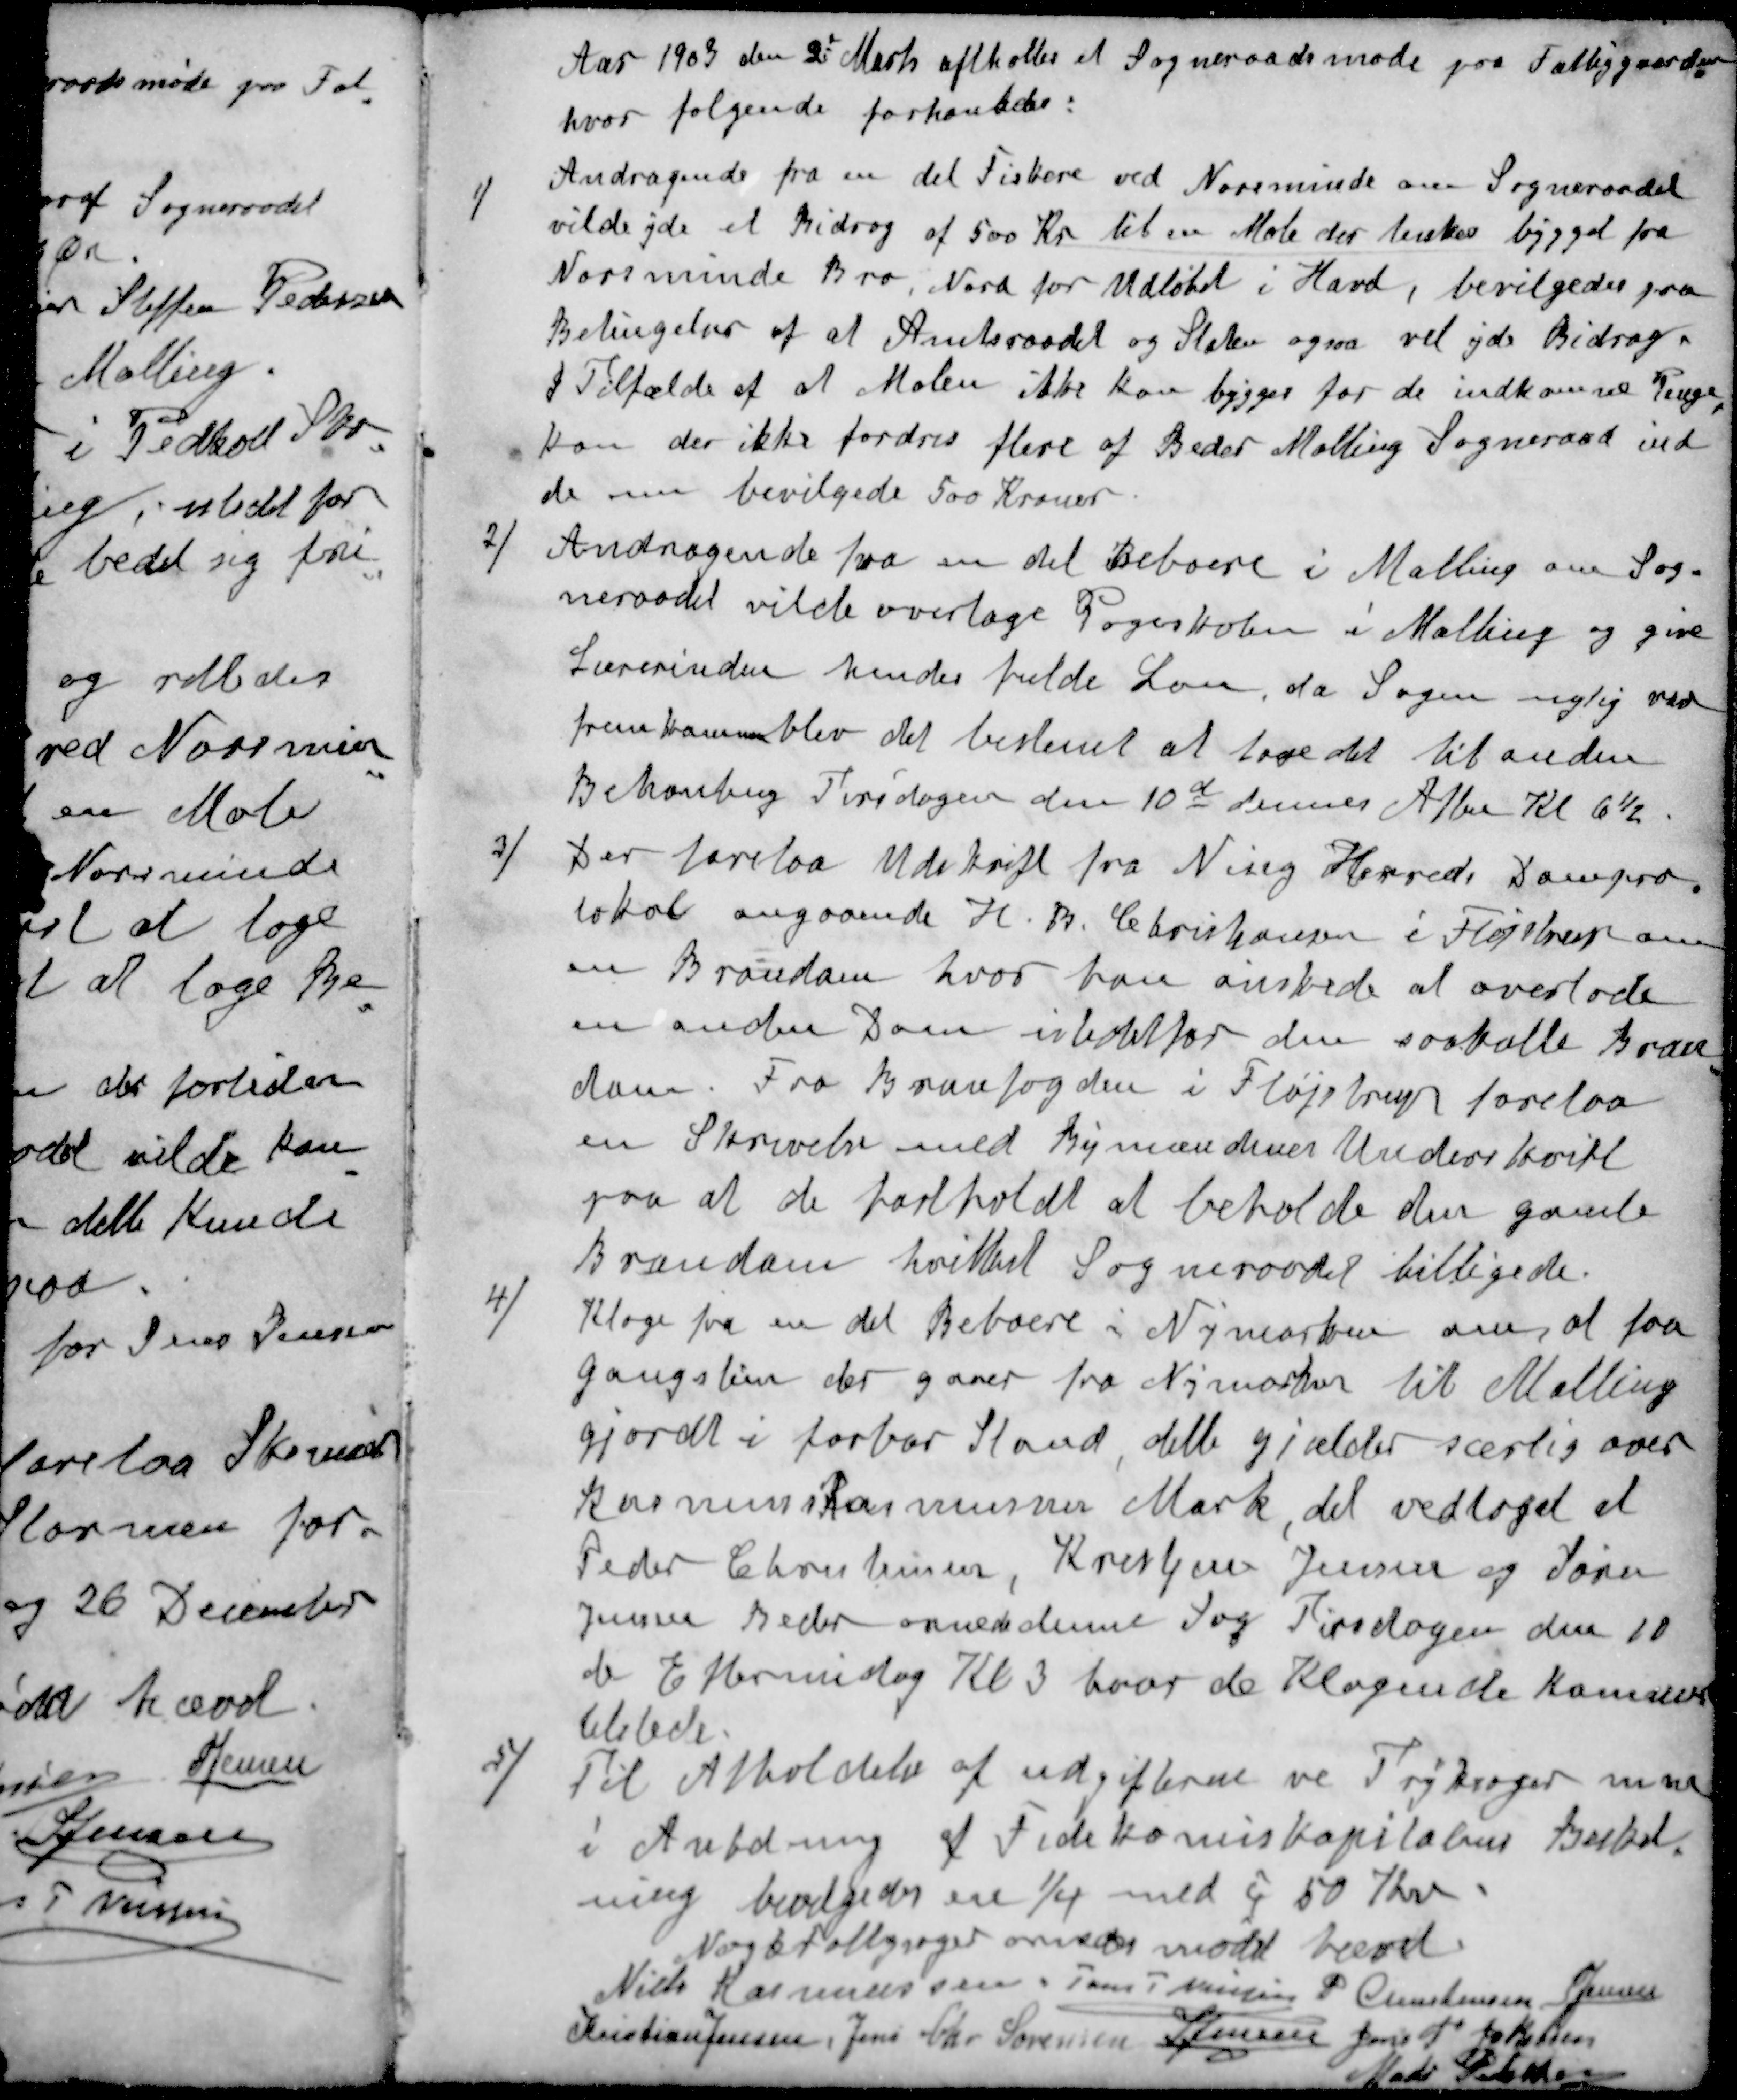
Transskription:
Aar 1903 den 2' Marts aftholtes et Sogneraadsmøde paa Fattiggaarden
hvor følgende forhanledes:
1 / Andragende fra en del Fiskere ved Norsminde om Sogneraadet
vilde yde et Bidrag af 500 Kr til en Mole der tenkes bygget fra
Norsminde Bro, Nord for Udløbet i Havet, bevilgedes paa
Betingelser af at Amtsraadet og Staten ogsaa vil yde Bidrag.
I Tilfælde af at Molen ikke kan bygges for de indkomne Penge
kan der ikke fordres flere af Beder Malling Sogneraad ind
de nu bevilgede 500 Kroner.
2 / Andragende fra en del Beboere i Malling om Sog-
neraadet vilde overtage Pogeskolen i Malling og give
Lærerinden hendes fulde Løn, da Sagen nylig var
fremkommen blev det bestemt at tage det til anden
Behanling Tirsdagen den 10d dennes Aften Kl 6½
3 / Der forelaa Udskrift fra Ning Herreds Dompro-
tokol angaaende H. B. Christiansen i Fløjstrup om
en Brandam hvor han ønskede at overlade
en anden Dam istedetfor den saakalte Bran-
dam. Fra Branfogden i Fløjstrup forelaa
en Skrivelse med Bymændenes Underskrift
paa at de fastholdt at beholde den gamle
Brandam hvilket Sogneraadet billigede.
4 / Klage fra en det Beboere i Nymarken om, at faa
gangstien der gaaer fra Nymarker til Malling
gjordt i farbar Stand dette gjælder særlig over
Rasmus Rasmussen Mark, det vedtoges at
Peder Christensen, Kristen Jensen og Søren
Jensen Beder ornede denne Sag Tirsdagen den 10
de Eftermidag Kl 3 hvor de Klagende komme
tilstede.
5 / Til Afholdelse af udgifterne ve Tryksager m.m
i Anledning af Fidekomiskapitalens Beskat-
ning bevilgedes en 1/4 med i 50 Kr
Nogle fattigsager ornedes mødet hævet
Niels Rasmussen
Jens P Nielsen
P. Christensen
S Jensen
Kristian Jensen
Jens Chr Sørensen
S Jensen
Jens P Jakobsen
Mads Pedersen